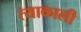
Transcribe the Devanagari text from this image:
त्याकाली